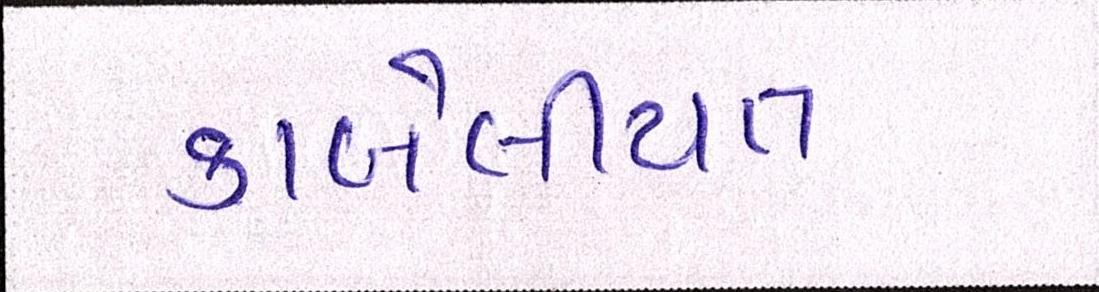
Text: કાબેલીયત